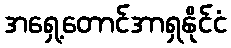
အရှေ့တောင်အာရှနိုင်ငံ